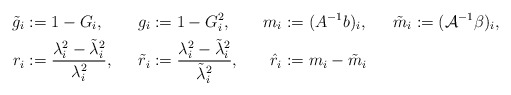
\begin{align*}\tilde{g}_i &:= 1-G_i, & g_i &:= 1-G_i^2, & m_i &:= (A^{-1}b)_i, & \tilde{m}_i &:= (\mathcal{A}^{-1}\beta)_i, \\r_i &:= \frac{\lambda_i^2-\tilde{\lambda}_i^2}{\lambda_i^2}, &\tilde{r}_i &:= \frac{\lambda_i^2-\tilde{\lambda}_i^2}{\tilde{\lambda}_i^2}, & \hat{r}_i &:= m_i - \tilde{m}_i\end{align*}